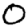
Digit: 0